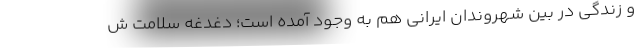
و زندگی در بین شهروندان ایرانی هم به وجود آمده است؛ دغدغه سلامت ش